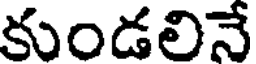
కుండలినే